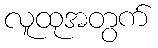
လူထုအတွက်